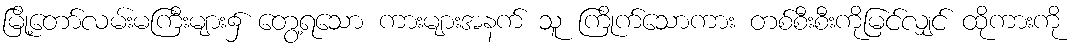
မြို့တော်လမ်းမကြီးများ၌ တွေ့ရသော ကားများအနက် သူ ကြိုက်သောကား တစ်စီးစီးကိုမြင်လျှင် ထိုကားကို